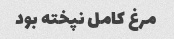
مرغ کامل نپخته بود